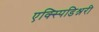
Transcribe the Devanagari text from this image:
एक्स्पिडिश्नरी